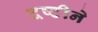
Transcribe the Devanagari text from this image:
दष्‍टीने